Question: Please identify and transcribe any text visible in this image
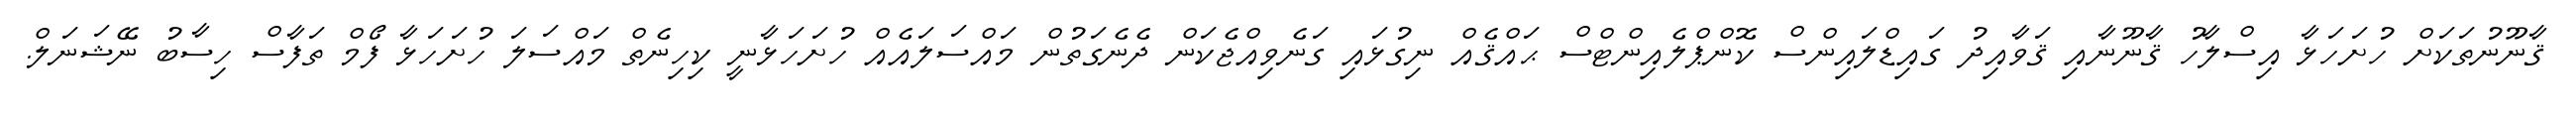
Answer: ޤާނޫނުތަކަށް ހުށަހަޅާ އިސްލާހު ޤާނޫނާއި ޤަވާއިދު ގައިޑްލައިންސް ކޮންޕްލެއިންޓްސް ޙައްޤެއް ނިގުޅައި ގަނެވިއްޖެކަން ދެނެގަތުން މައްސަލައެއް ހުށަހަޅާނީ ކިހިނެތް މައްސަލަ ހުށަހަޅާ ފޯމް ތަފާސް ހިސާބު ނޭޝަނަލް.